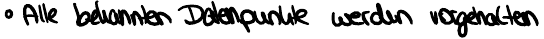
Alle bekannten Datenpunkte werden vorgehalten